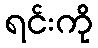
ရင်းကို